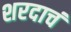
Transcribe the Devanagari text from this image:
शरदाचं